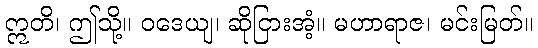
ဣတိ၊ ဤသို့။ ဝဒေယျ၊ ဆိုငြားအံ့။ မဟာရာဇ၊ မင်းမြတ်။